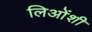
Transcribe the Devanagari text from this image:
लिओंशी